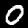
Label: 0